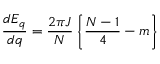
\frac { d E _ { q } } { d q } = \frac { 2 \pi J } { N } \left\{ \frac { N - 1 } { 4 } - m \right\}